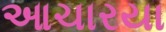
આચારયા